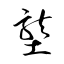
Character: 壟